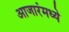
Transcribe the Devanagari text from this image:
आजारंमध्ये